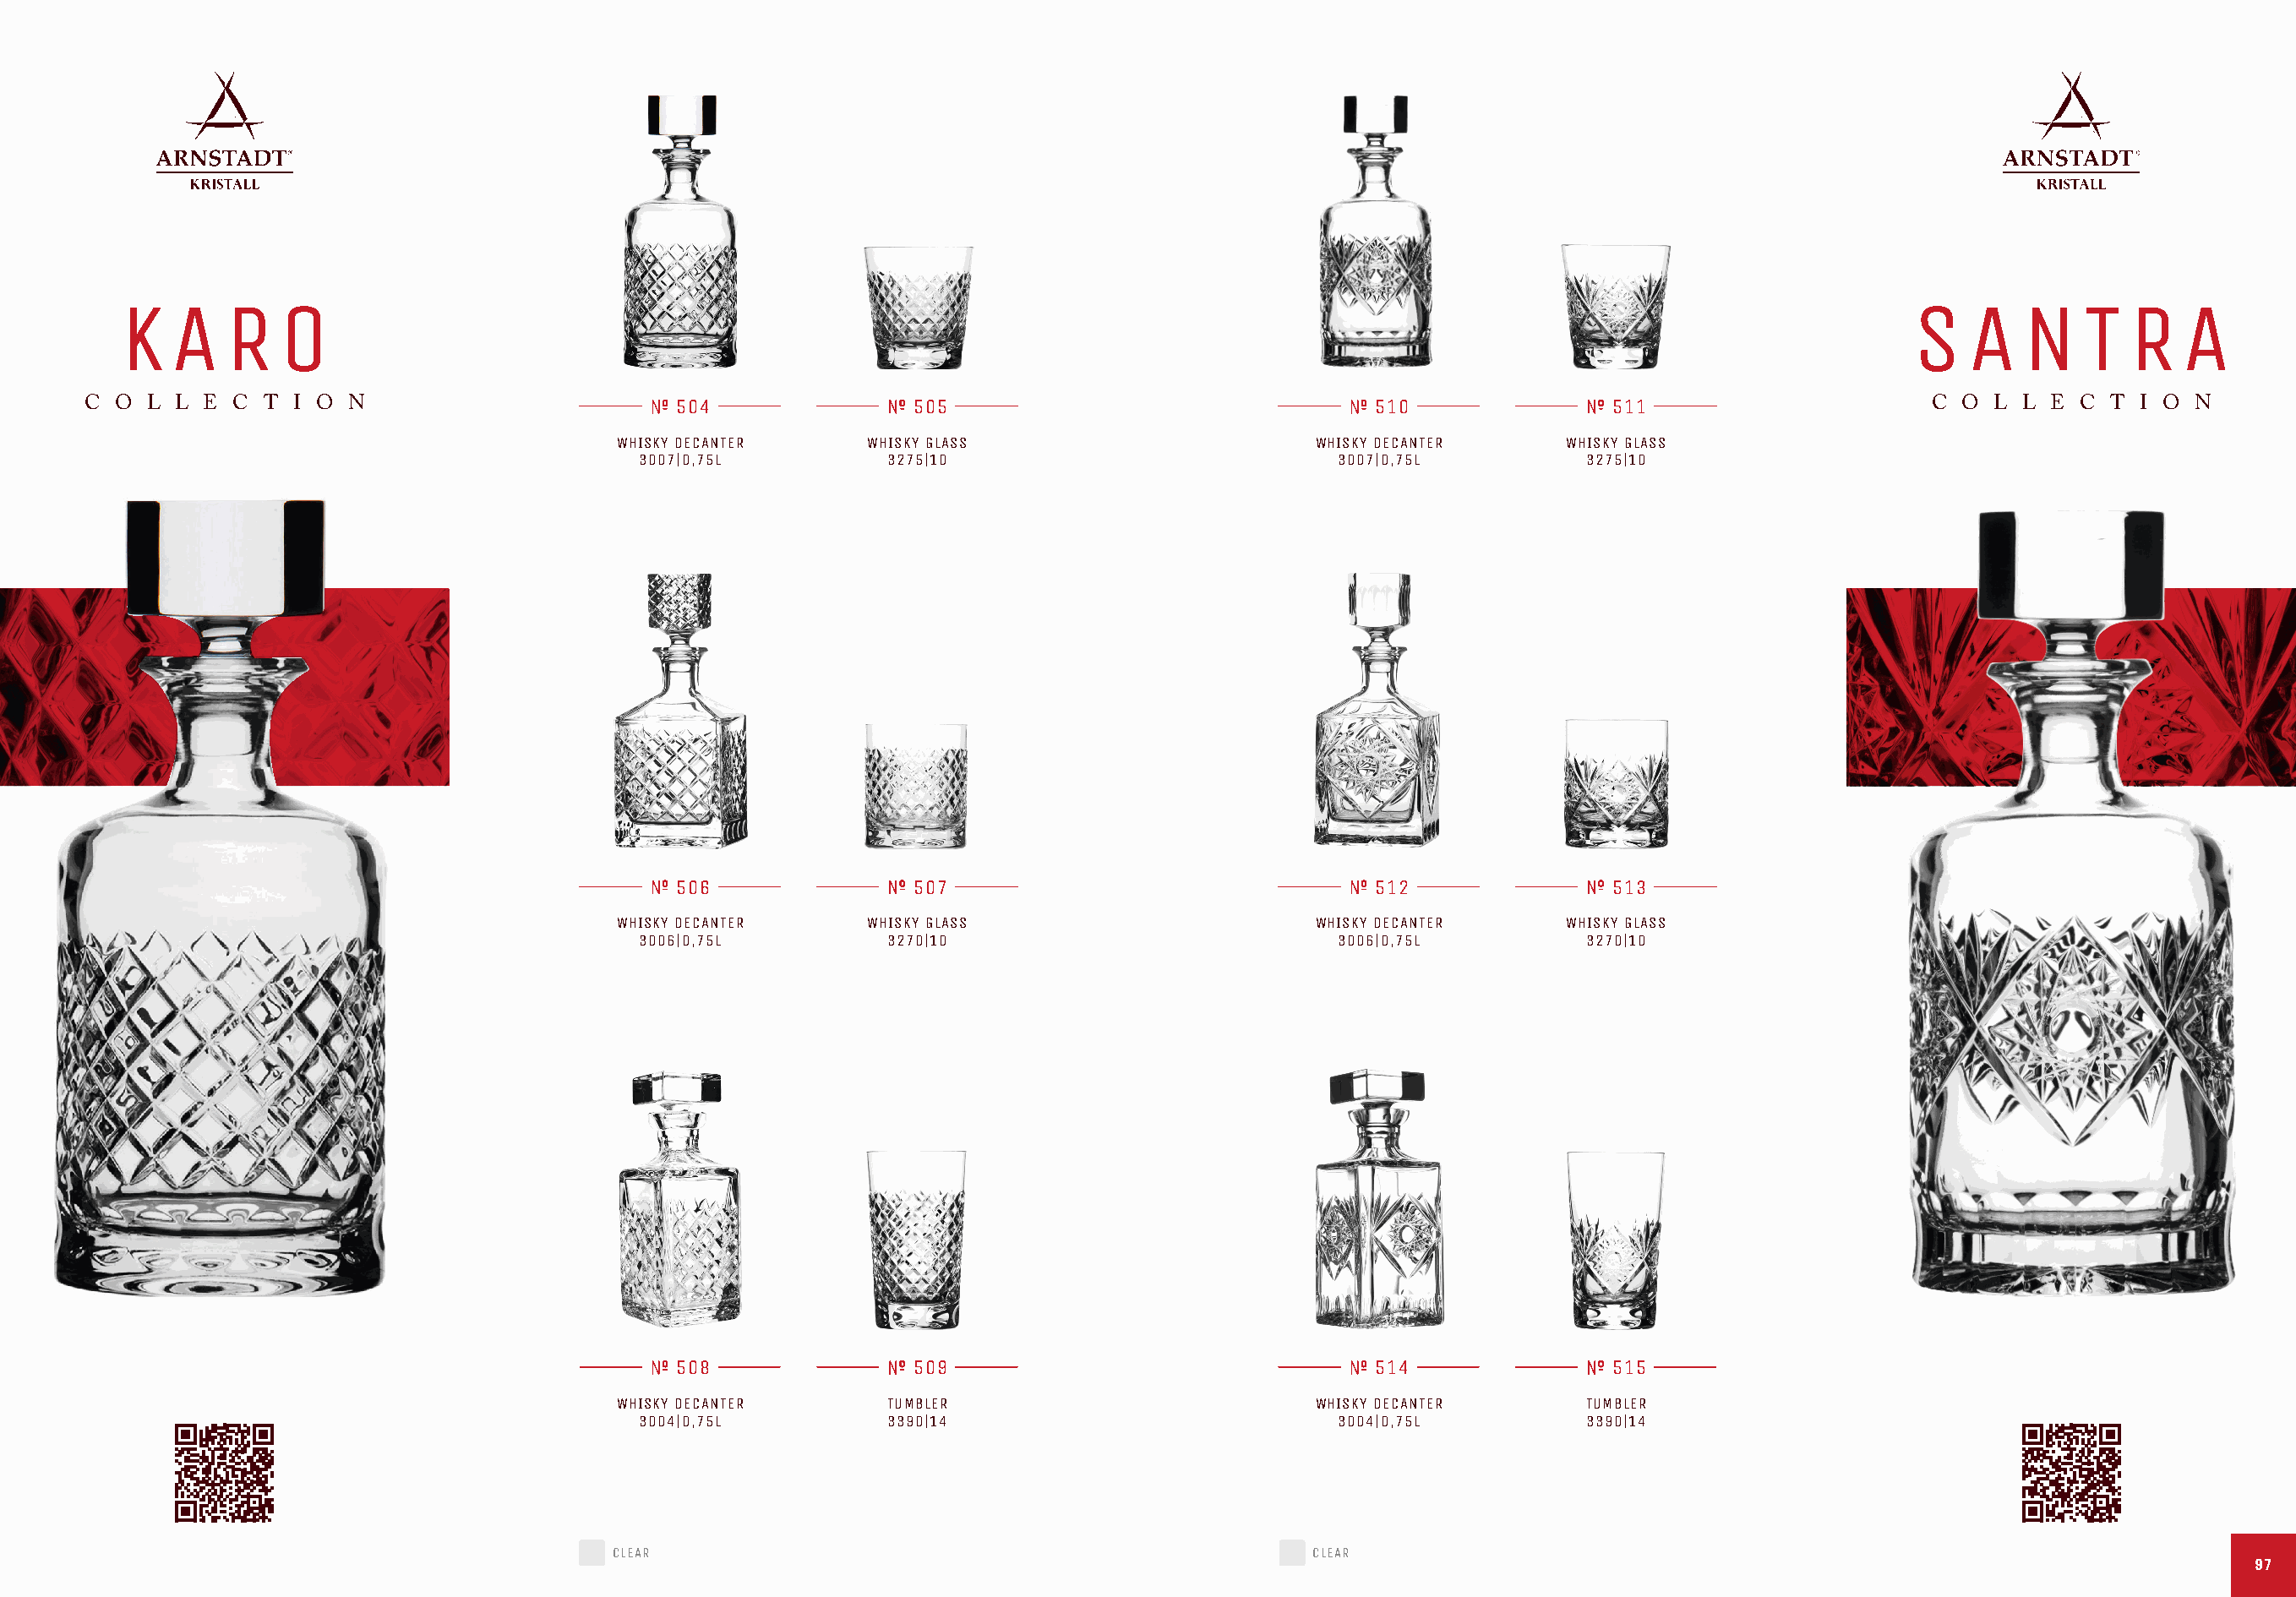
K   A    R   O                                                                                                                               S   A   N    T   R   A
 C O  L L E C  T I O N                         504                505                                 510               511                      C  O L L  E C T  I O N
 WHISKY DECANTER     WHISKY GLASS                       WHISKY DECANTER     WHISKY GLASS
 3007|0,75L         3275|10                             3007|0,75L         3275|10
 506                507                                 512               513
 WHISKY DECANTER     WHISKY GLASS                       WHISKY DECANTER     WHISKY GLASS
 3006|0,75L         3270|10                             3006|0,75L         3270|10
 508                509                                 514               515
 WHISKY DECANTER      TUMBLER                           WHISKY DECANTER      TUMBLER
 3004|0,75L         3390|14                             3004|0,75L         3390|14
 CLEAR                                                  CLEAR
 9977